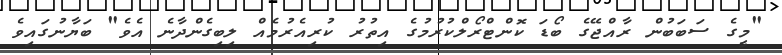
"މީގެ ސަބަބުން ރާއްޖޭގެ ބޯޑަ ކޮންޓްރޯލްކުރުމުގެ އިތުރު ކުރިއެރުމެއް ލިބިގެންދާނެ އެވެ" ބަޔާނުގައިވެ